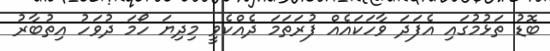
ބޮޑު ތަޅުމުގައި އެފަދަ ވާހަކައެއް ފުރަތަމަ ދެއްކެވީ މިދިޔަ ހޯމަ ދުވަހު އިތުބާރު